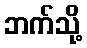
ဘက်သို့